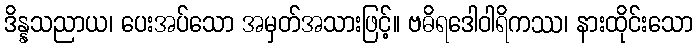
ဒိန္နသညာယ၊ ပေးအပ်သော အမှတ်အသားဖြင့်။ ဗဓိရဒေါဝါရိကဿ၊ နားထိုင်းသော